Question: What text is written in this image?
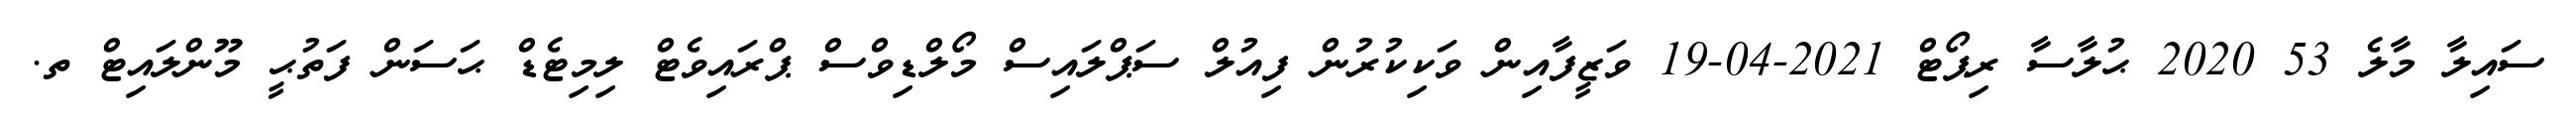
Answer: ސައިލާ މާލެ 53 2020 ޙުލާސާ ރިޕޯޓް 2021-04-19 ވަޒީފާއިން ވަކިކުރުން ފިއުލް ސަޕްލައިސް މޯލްޑިވްސް ޕްރައިވެޓް ލިމިޓެޑް ޙަސަން ފަތުޙީ މޫންލައިޓް ތ.